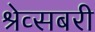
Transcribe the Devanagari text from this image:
श्रेव्सबरी